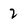
Character: 2